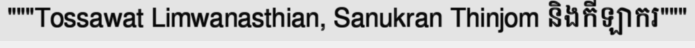
"""Tossawat Limwanasthian, Sanukran Thinjom និងកីឡាករ"""